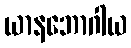
ယာနဘောဂါယ